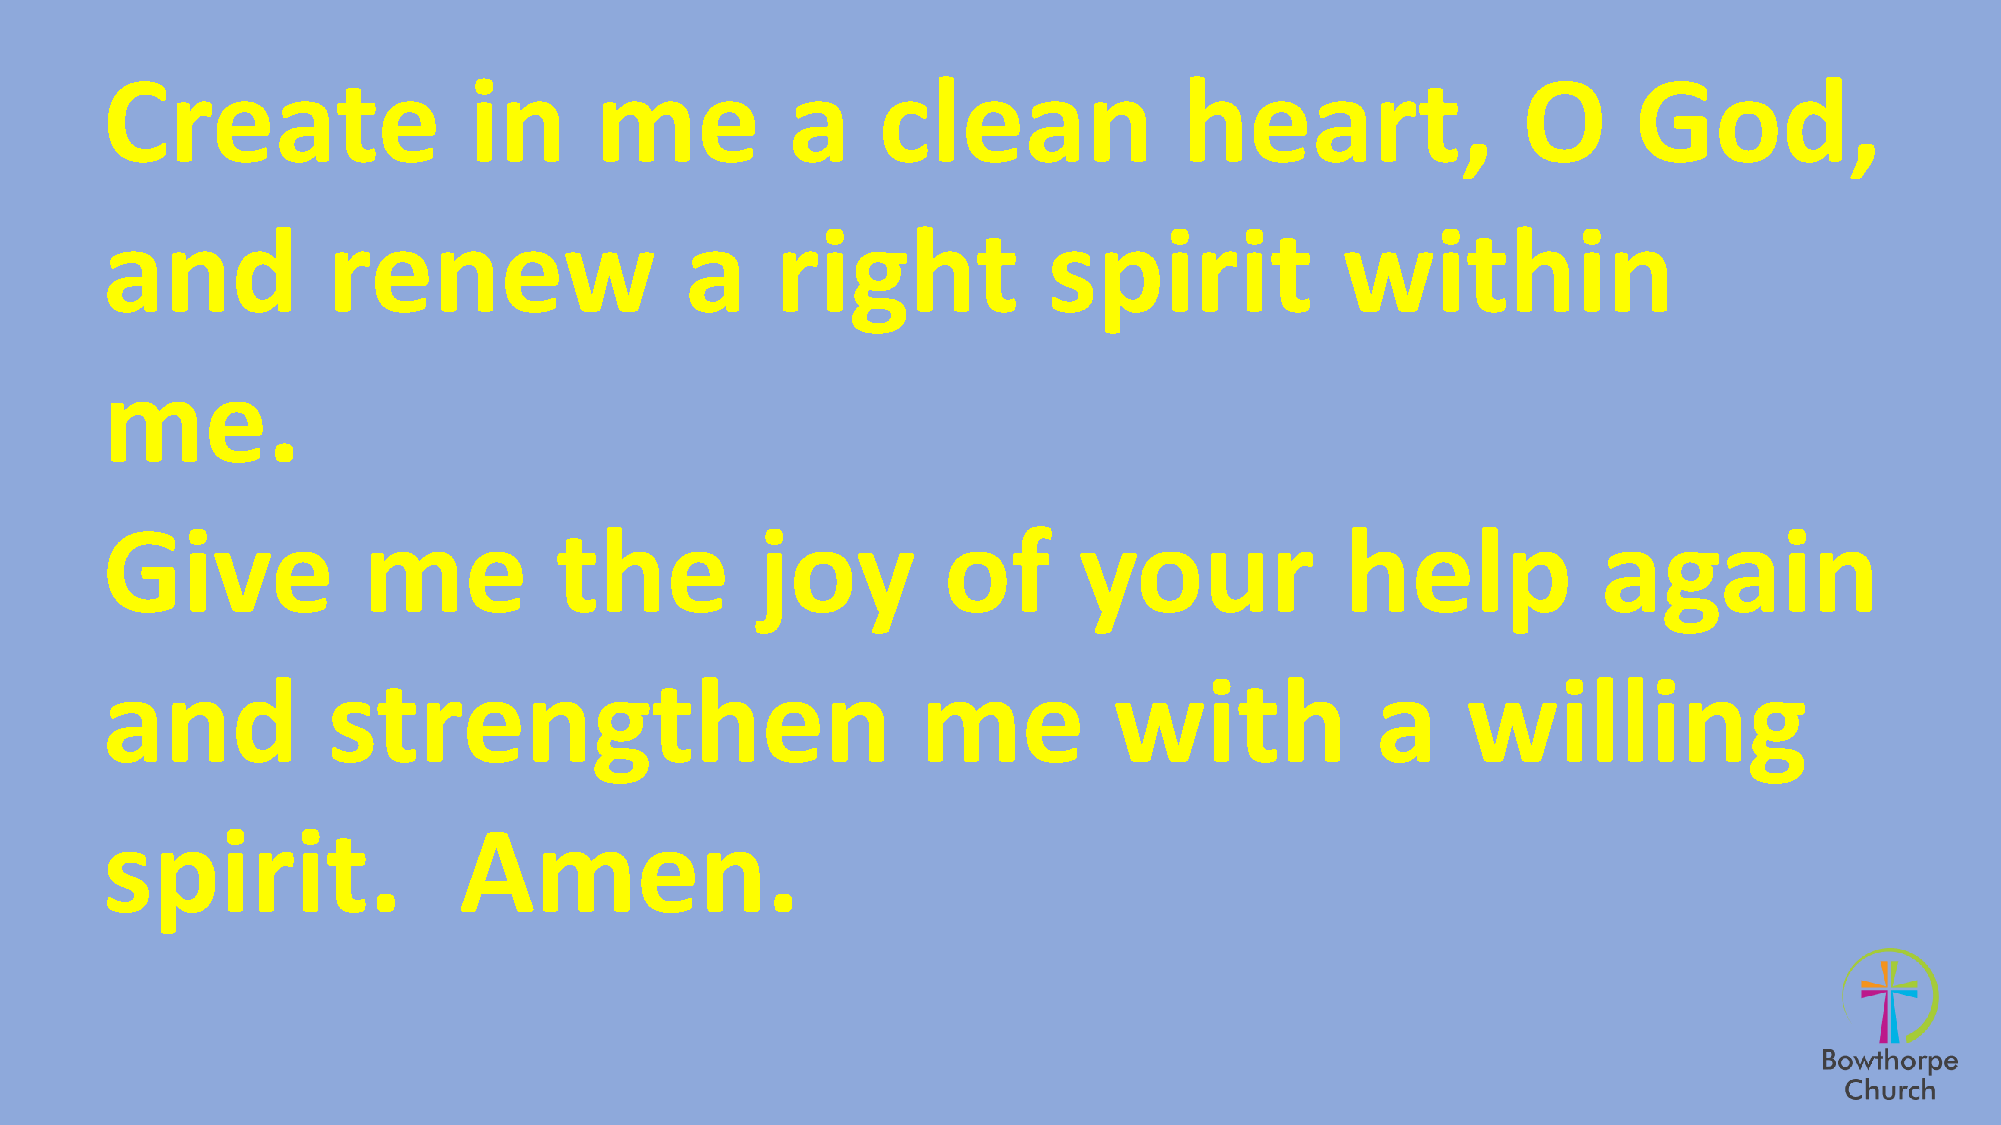
Create                  in      me           a     clean               heart,                 O      God,
 and            renew                  a     right             spirit              within
 me.
 Give             me           the          joy         of       your              help             again
 and            strengthen                             me           with             a     willing
 spirit.                Amen.